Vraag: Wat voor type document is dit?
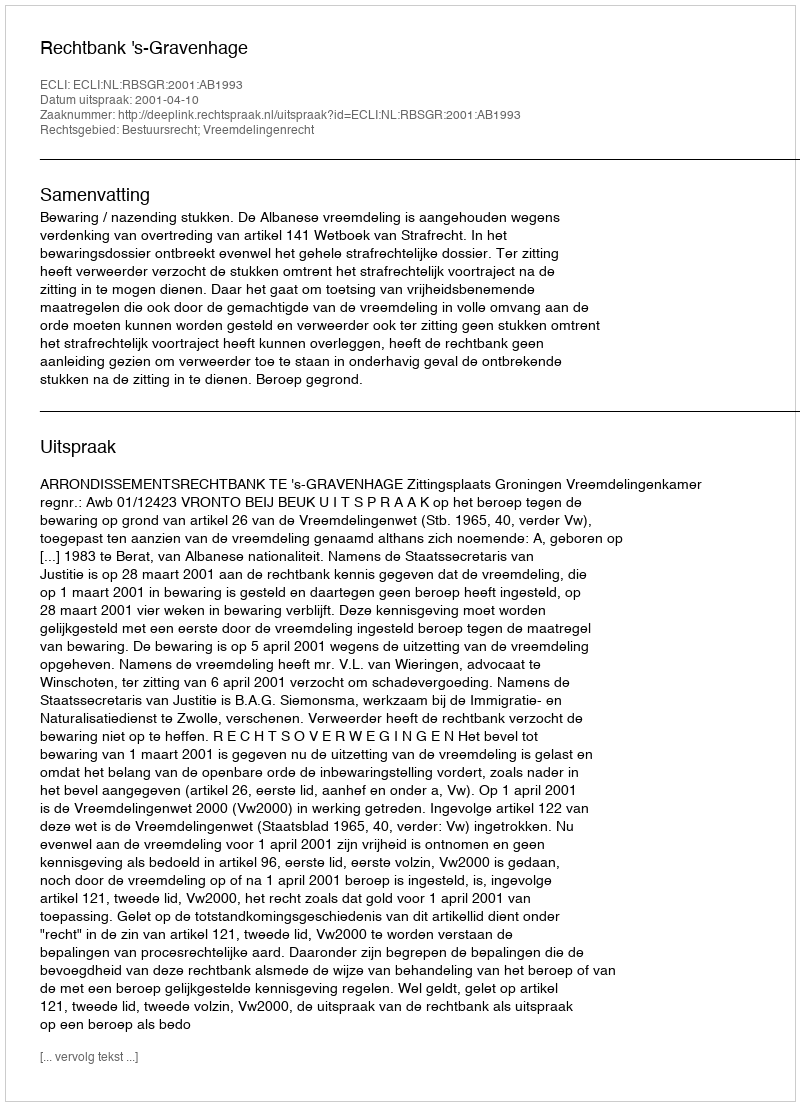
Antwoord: Uitspraak